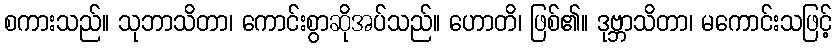
စကားသည်။ သုဘာသိတာ၊ ကောင်းစွာဆိုအပ်သည်။ ဟောတိ၊ ဖြစ်၏။ ဒုဗ္ဘာသိတာ၊ မကောင်းသဖြင့်